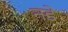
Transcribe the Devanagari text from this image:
नडे